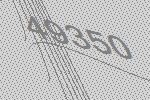
49350